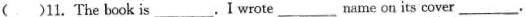
( )11. The book is ___. I wrote ___ name on its cover ___.